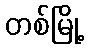
တစ်မြို့